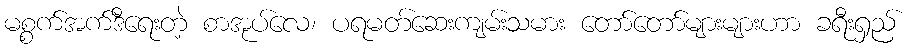
မစ္စက်အက်ဒီရေးတဲ့ စာအုပ်လေ၊ ပရမတ်ဆေးကျမ်းသမား တော်တော်များများဟာ ခရီးရှည်